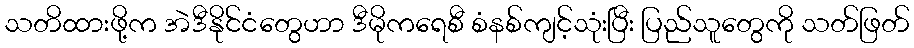
သတိထားဖို့က အဲဒီနိုင်ငံတွေဟာ ဒီမိုကရေစီ စံနစ်ကျင့်သုံးပြီး ပြည်သူတွေကို သတ်ဖြတ်